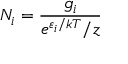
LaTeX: N _ { i } = { \frac { g _ { i } } { e ^ { \varepsilon _ { i } / k T } / z } }